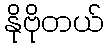
နိုဗိုတယ်